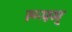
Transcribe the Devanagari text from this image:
रूपम्